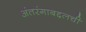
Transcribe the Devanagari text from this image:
अंतरंगाबद्दलची